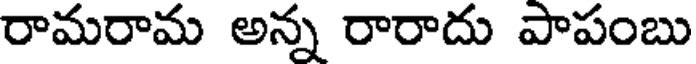
రామరామ అన్న రారాదు పాపంబు